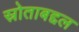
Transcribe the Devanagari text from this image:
स्रोताबद्दल